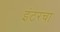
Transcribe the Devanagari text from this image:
इंटरचा